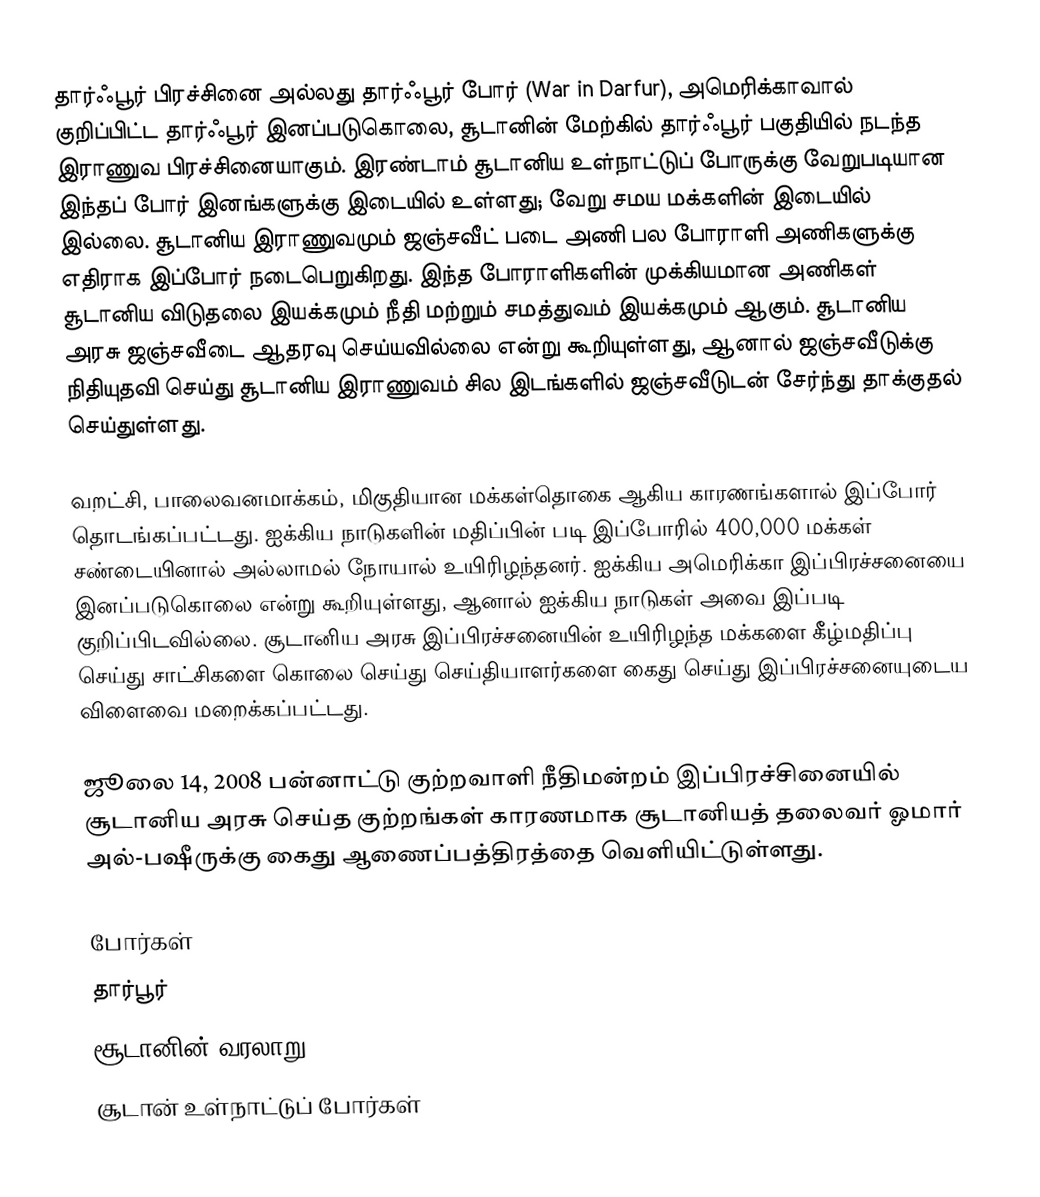
தார்ஃபூர் பிரச்சினை அல்லது தார்ஃபூர் போர் (War in Darfur), அமெரிக்காவால் குறிப்பிட்ட தார்ஃபூர் இனப்படுகொலை, சூடானின் மேற்கில் தார்ஃபூர் பகுதியில் நடந்த இராணுவ பிரச்சினையாகும். இரண்டாம் சூடானிய உள்நாட்டுப் போருக்கு வேறுபடியான இந்தப் போர் இனங்களுக்கு இடையில் உள்ளது; வேறு சமய மக்களின் இடையில் இல்லை. சூடானிய இராணுவமும் ஜஞ்சவீட் படை அணி பல போராளி அணிகளுக்கு எதிராக இப்போர் நடைபெறுகிறது. இந்த போராளிகளின் முக்கியமான அணிகள் சூடானிய விடுதலை இயக்கமும் நீதி மற்றும் சமத்துவம் இயக்கமும் ஆகும். சூடானிய அரசு ஜஞ்சவீடை ஆதரவு செய்யவில்லை என்று கூறியுள்ளது, ஆனால் ஜஞ்சவீடுக்கு நிதியுதவி செய்து சூடானிய இராணுவம் சில இடங்களில் ஜஞ்சவீடுடன் சேர்ந்து தாக்குதல் செய்துள்ளது.

வறட்சி, பாலைவனமாக்கம், மிகுதியான மக்கள்தொகை ஆகிய காரணங்களால் இப்போர் தொடங்கப்பட்டது. ஐக்கிய நாடுகளின் மதிப்பின் படி இப்போரில் 400,000 மக்கள் சண்டையினால் அல்லாமல் நோயால் உயிரிழந்தனர். ஐக்கிய அமெரிக்கா இப்பிரச்சனையை இனப்படுகொலை என்று கூறியுள்ளது, ஆனால் ஐக்கிய நாடுகள் அவை இப்படி குறிப்பிடவில்லை. சூடானிய அரசு இப்பிரச்சனையின் உயிரிழந்த மக்களை கீழ்மதிப்பு செய்து சாட்சிகளை கொலை செய்து செய்தியாளர்களை கைது செய்து இப்பிரச்சனையுடைய விளைவை மறைக்கப்பட்டது.

ஜூலை 14, 2008 பன்னாட்டு குற்றவாளி நீதிமன்றம் இப்பிரச்சினையில் சூடானிய அரசு செய்த குற்றங்கள் காரணமாக சூடானியத் தலைவர் ஓமார் அல்-பஷீருக்கு கைது ஆணைப்பத்திரத்தை வெளியிட்டுள்ளது.

போர்கள்
தார்பூர்
சூடானின் வரலாறு
சூடான் உள்நாட்டுப் போர்கள்